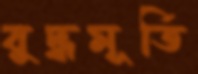
বুদ্ধমূর্তি